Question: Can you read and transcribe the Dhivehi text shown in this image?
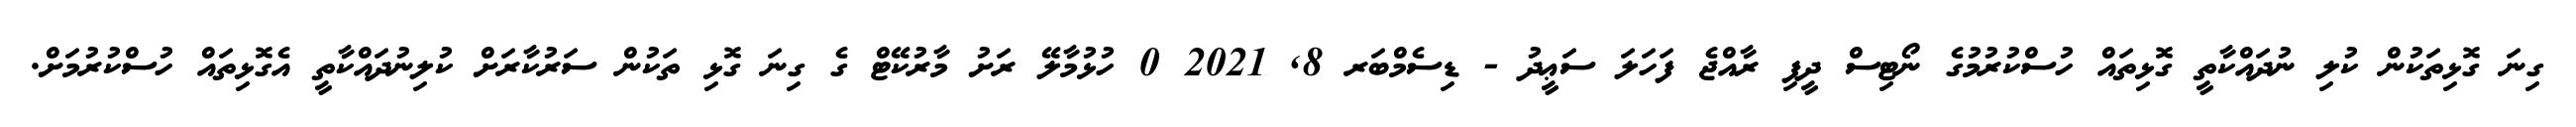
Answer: ގިނަ ގޮޅިތަކުން ކުލި ނުދައްކާތީ ގޮޅިތައް ހުސްކުރުމުގެ ނޯޓިސް ދީފި ރާއްޖެ ފަހަލަ ސަޢީދު - ޑިސެމްބަރ 8, 2021 0 ހުޅުމާލޭ ރަށު މާރުކޭޓް ގެ ގިނަ ގޮޅި ތަކުން ސަރުކާރަށް ކުލިނުދައްކާތީ އެގޮޅިތައް ހުސްކުރުމަށް.